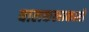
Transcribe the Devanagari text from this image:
बालकलाकारो